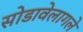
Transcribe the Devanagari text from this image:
सोडावेलागले